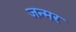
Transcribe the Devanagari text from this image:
जन्मर